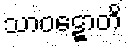
သာဝဋ္ဋောတိ